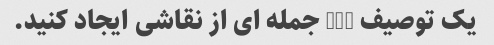
یک توصیف 3-5 جمله ای از نقاشی ایجاد کنید.